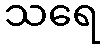
သရေ